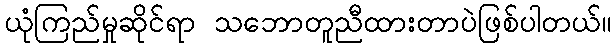
ယုံကြည်မှုဆိုင်ရာ သဘောတူညီထားတာပဲဖြစ်ပါတယ်။